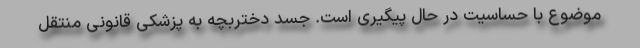
موضوع با حساسیت در حال پیگیری است. جسد دختربچه به پزشکی قانونی منتقل